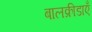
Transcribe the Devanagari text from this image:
बालक्रीडाएँ